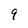
Character: 9